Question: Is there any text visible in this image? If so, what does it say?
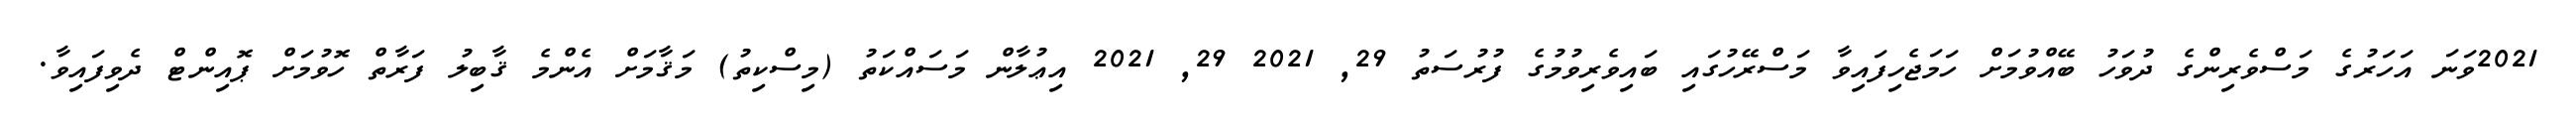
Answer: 2021ވަނަ އަހަރުގެ މަސްވެރިންގެ ދުވަހު ބޭއްވުމަށް ހަމަޖެހިފައިވާ މަސްރޭހުގައި ބައިވެރިވުމުގެ ފުރުސަތު 29, 2021 29, 2021 އިޢުލާން މަސައްކަތު (މިސްކިތު) މަޤާމަށް އެންމެ ޤާބިލު ފަރާތް ހޮވުމަށް ޕޮއިންޓް ދެވިފައިވާ.